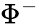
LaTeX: \Phi^{-}